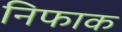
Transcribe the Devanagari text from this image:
निफाक